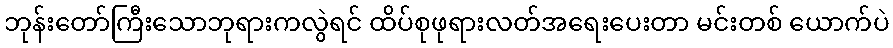
ဘုန်းတော်ကြီးသောဘုရားကလွဲရင် ထိပ်စုဖုရားလတ်အရေးပေးတာ မင်းတစ် ယောက်ပဲ